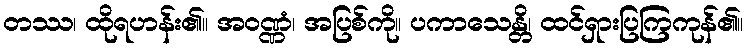
တဿ၊ ထိုရဟန်း၏။ အဝဏ္ဏံ၊ အပြစ်ကို။ ပကာသေန္တိ၊ ထင်ရှားပြကြကုန်၏။